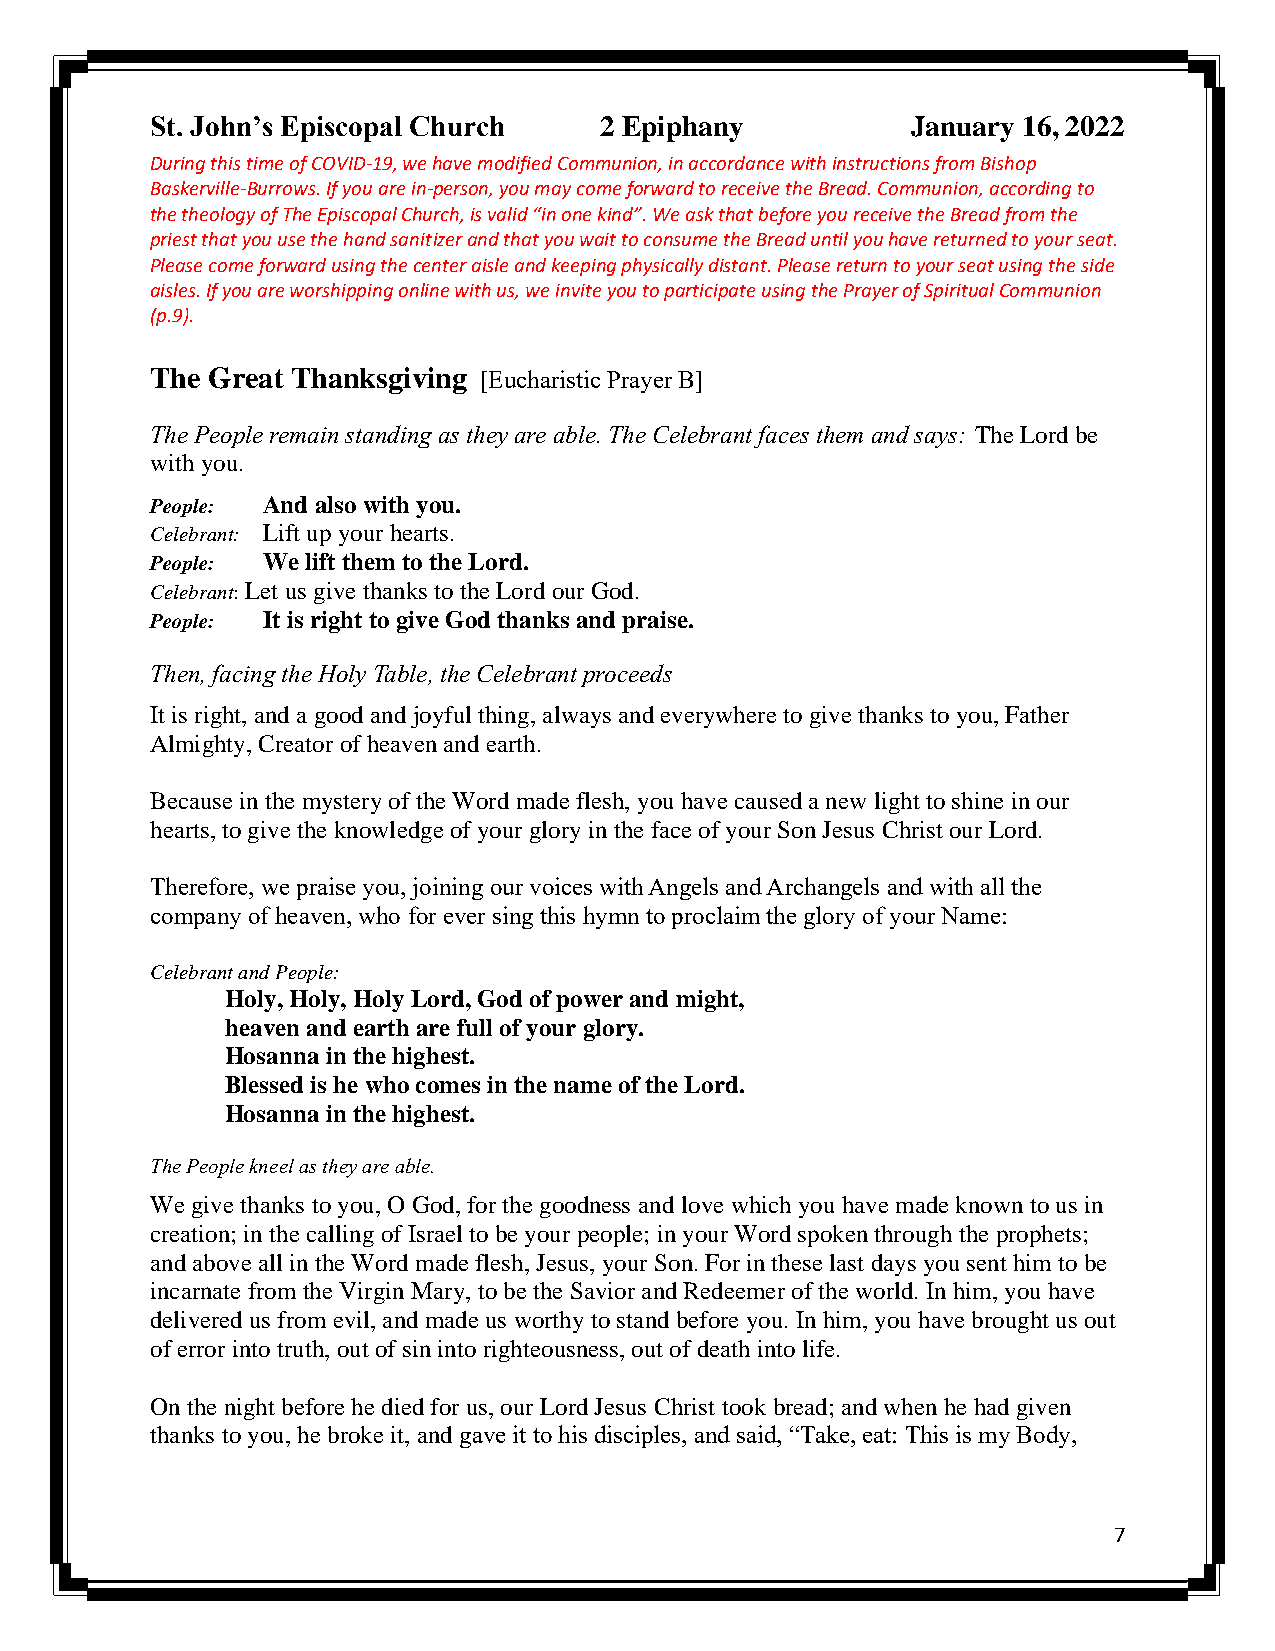
St. John’s Episcopal Church   2 Epiphany          January 16, 2022
 During this time of COVID-19, we have modified Communion, in accordance with instructions from Bishop
 Baskerville-Burrows. If you are in-person, you may come forward to receive the Bread. Communion, according to
 the theology of The Episcopal Church, is valid “in one kind”. We ask that before you receive the Bread from the
 priest that you use the hand sanitizer and that you wait to consume the Bread until you have returned to your seat.
 Please come forward using the center aisle and keeping physically distant. Please return to your seat using the side
 aisles. If you are worshipping online with us, we invite you to participate using the Prayer of Spiritual Communion
 (p.9).
 The Great Thanksgiving [Eucharistic Prayer B]
 The People remain standing as they are able. The Celebrant faces them and says: The Lord be
 with you.
 People: And also with you.
 Celebrant: Lift up your hearts.
 People: We lift them to the Lord.
 Celebrant: Let us give thanks to the Lord our God.
 People: It is right to give God thanks and praise.
 Then, facing the Holy Table, the Celebrant proceeds
 It is right, and a good and joyful thing, always and everywhere to give thanks to you, Father
 Almighty, Creator of heaven and earth.
 Because in the mystery of the Word made flesh, you have caused a new light to shine in our
 hearts, to give the knowledge of your glory in the face of your Son Jesus Christ our Lord.
 Therefore, we praise you, joining our voices with Angels and Archangels and with all the
 company of heaven, who for ever sing this hymn to proclaim the glory of your Name:
 Celebrant and People:
 Holy, Holy, Holy Lord, God of power and might,
 heaven and earth are full of your glory.
 Hosanna in the highest.
 Blessed is he who comes in the name of the Lord.
 Hosanna in the highest.
 The People kneel as they are able.
 We give thanks to you, O God, for the goodness and love which you have made known to us in
 creation; in the calling of Israel to be your people; in your Word spoken through the prophets;
 and above all in the Word made flesh, Jesus, your Son. For in these last days you sent him to be
 incarnate from the Virgin Mary, to be the Savior and Redeemer of the world. In him, you have
 delivered us from evil, and made us worthy to stand before you. In him, you have brought us out
 of error into truth, out of sin into righteousness, out of death into life.
 On the night before he died for us, our Lord Jesus Christ took bread; and when he had given
 thanks to you, he broke it, and gave it to his disciples, and said, “Take, eat: This is my Body,
 7